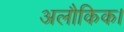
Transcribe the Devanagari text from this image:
अलौकिक।